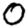
Digit: 0